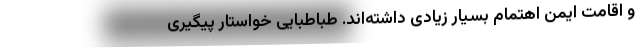
و اقامت ایمن اهتمام بسیار زیادی داشته‌اند. طباطبایی خواستار پیگیری